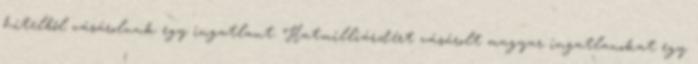
hitelből vásárolunk egy ingatlant. Hatmilliárdért vásárolt magyar ingatlanokat egy